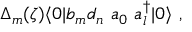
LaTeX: \Delta _ { m } ( \zeta ) \langle 0 | b _ { m } d _ { n } \ a _ { 0 } \ a _ { l } ^ { \dag } | 0 \rangle \ ,